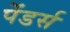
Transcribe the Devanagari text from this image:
पेंडर्स